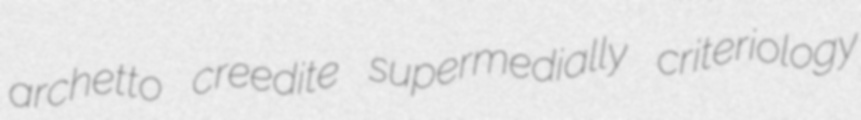
archetto creedite supermedially criteriology